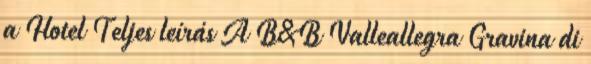
a Hotel Teljes leírás A B&B Valleallegra Gravina di